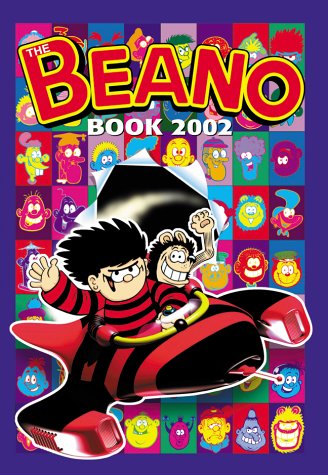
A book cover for The Beano Book Annual 2002; The Editors; Children's Books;